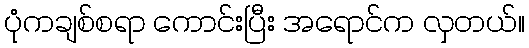
ပုံကချစ်စရာ ကောင်းပြီး အရောင်က လှတယ်။